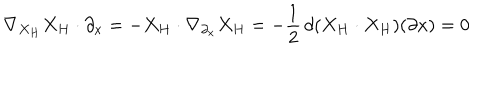
LaTeX: \nabla _ { X _ { H } } X _ { H } \cdot \partial _ { x } = - X _ { H } \cdot \nabla _ { \partial _ { x } } X _ { H } = - { \frac { 1 } { 2 } } \, d ( X _ { H } \cdot X _ { H } ) ( \partial x ) = 0